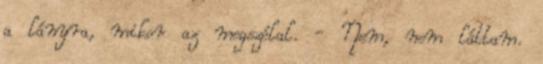
a lányra, mikor az megszólal. - Nem, nem láttam.